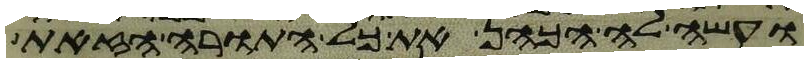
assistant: ועשה לה הכהן את כל התורה הזאת